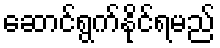
ဆောင်ရွက်နိုင်ရမည်